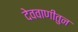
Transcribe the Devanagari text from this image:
देववाणीतुन